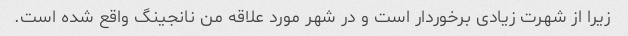
زیرا از شهرت زیادی برخوردار است و در شهر مورد علاقه من نانجینگ واقع شده است.